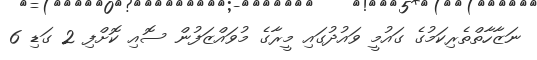
ނަޒާހާތްތެރިކަމުގެ ގައުމީ ވައުދުގައި މީރާގެ މުވައްޒަފުން ސޮއި ކޮށްފި 2 ގަޑި 6